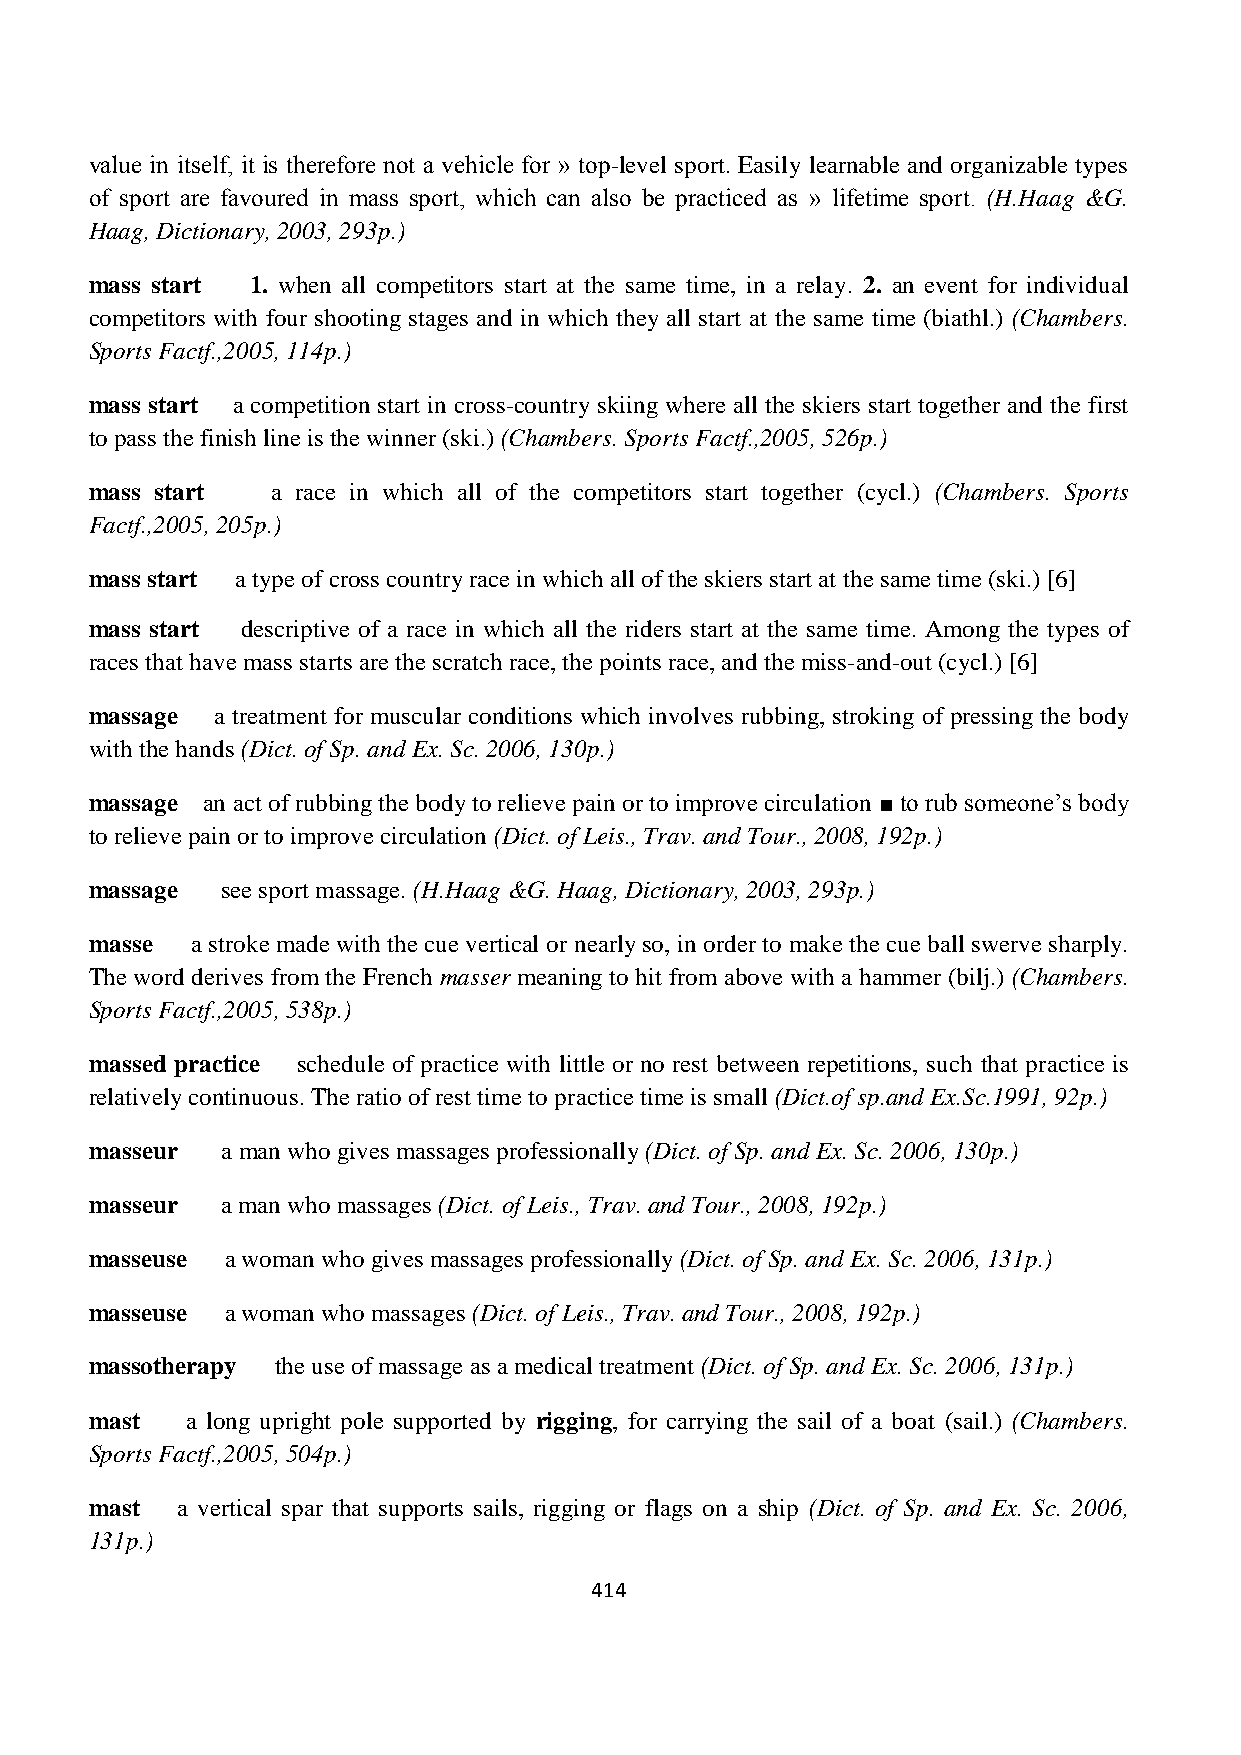
value in itself, it is therefore not a vehicle for » top-level sport. Easily learnable and organizable types
 of sport are favoured in mass sport, which can also be practiced as » lifetime sport. (H.Haag &G.
 Haag, Dictionary, 2003, 293p.)
 mass start 1. when all competitors start at the same time, in a relay. 2. an event for individual
 competitors with four shooting stages and in which they all start at the same time (biathl.) (Chambers.
 Sports Factf.,2005, 114p.)
 mass start a competition start in cross-country skiing where all the skiers start together and the first
 to pass the finish line is the winner (ski.) (Chambers. Sports Factf.,2005, 526p.)
 mass start  a race in which all of the competitors start together (cycl.) (Chambers. Sports
 Factf.,2005, 205p.)
 mass start a type of cross country race in which all of the skiers start at the same time (ski.) [6]
 mass start descriptive of a race in which all the riders start at the same time. Among the types of
 races that have mass starts are the scratch race, the points race, and the miss-and-out (cycl.) [6]
 massage a treatment for muscular conditions which involves rubbing, stroking of pressing the body
 with the hands (Dict. of Sp. and Ex. Sc. 2006, 130p.)
 massage an act of rubbing the body to relieve pain or to improve circulation ■ to rub someone’s body
 to relieve pain or to improve circulation (Dict. of Leis., Trav. and Tour., 2008, 192p.)
 massage  see sport massage. (H.Haag &G. Haag, Dictionary, 2003, 293p.)
 masse  a stroke made with the cue vertical or nearly so, in order to make the cue ball swerve sharply.
 The word derives from the French masser meaning to hit from above with a hammer (bilj.) (Chambers.
 Sports Factf.,2005, 538p.)
 massed practice schedule of practice with little or no rest between repetitions, such that practice is
 relatively continuous. The ratio of rest time to practice time is small (Dict.of sp.and Ex.Sc.1991, 92p.)
 masseur  a man who gives massages professionally (Dict. of Sp. and Ex. Sc. 2006, 130p.)
 masseur  a man who massages (Dict. of Leis., Trav. and Tour., 2008, 192p.)
 masseuse a woman who gives massages professionally (Dict. of Sp. and Ex. Sc. 2006, 131p.)
 masseuse a woman who massages (Dict. of Leis., Trav. and Tour., 2008, 192p.)
 massotherapy the use of massage as a medical treatment (Dict. of Sp. and Ex. Sc. 2006, 131p.)
 mast  a long upright pole supported by rigging, for carrying the sail of a boat (sail.) (Chambers.
 Sports Factf.,2005, 504p.)
 mast  a vertical spar that supports sails, rigging or flags on a ship (Dict. of Sp. and Ex. Sc. 2006,
 131p.)
 414